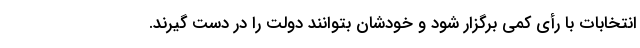
انتخابات با رأی کمی برگزار شود و خودشان بتوانند دولت را در دست گیرند.